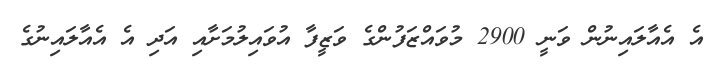
އެ އެއާލައިނުން ވަނީ 2900 މުވައްޒަފުންގެ ވަޒީފާ އުވައިލުމަށާއި އަދި އެ އެއާލައިނުގެ